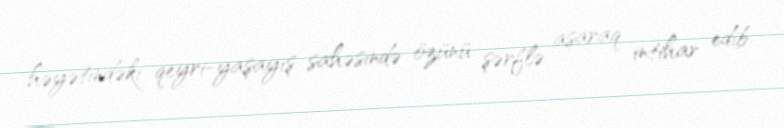
həyətindəki qeyri-yaşayış sahəsində özünü şərflə asaraq intihar edib.